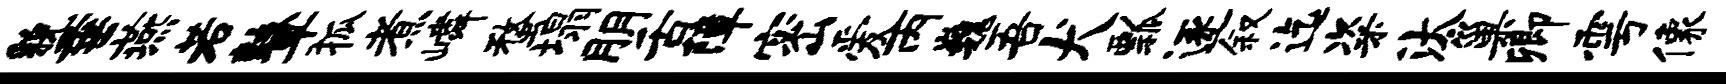
貌垂燕若鼙狐煮嶙蝥塌朋舌障密爱丙巍吾犬瓢逐叙迄粢汰巢卿雩像